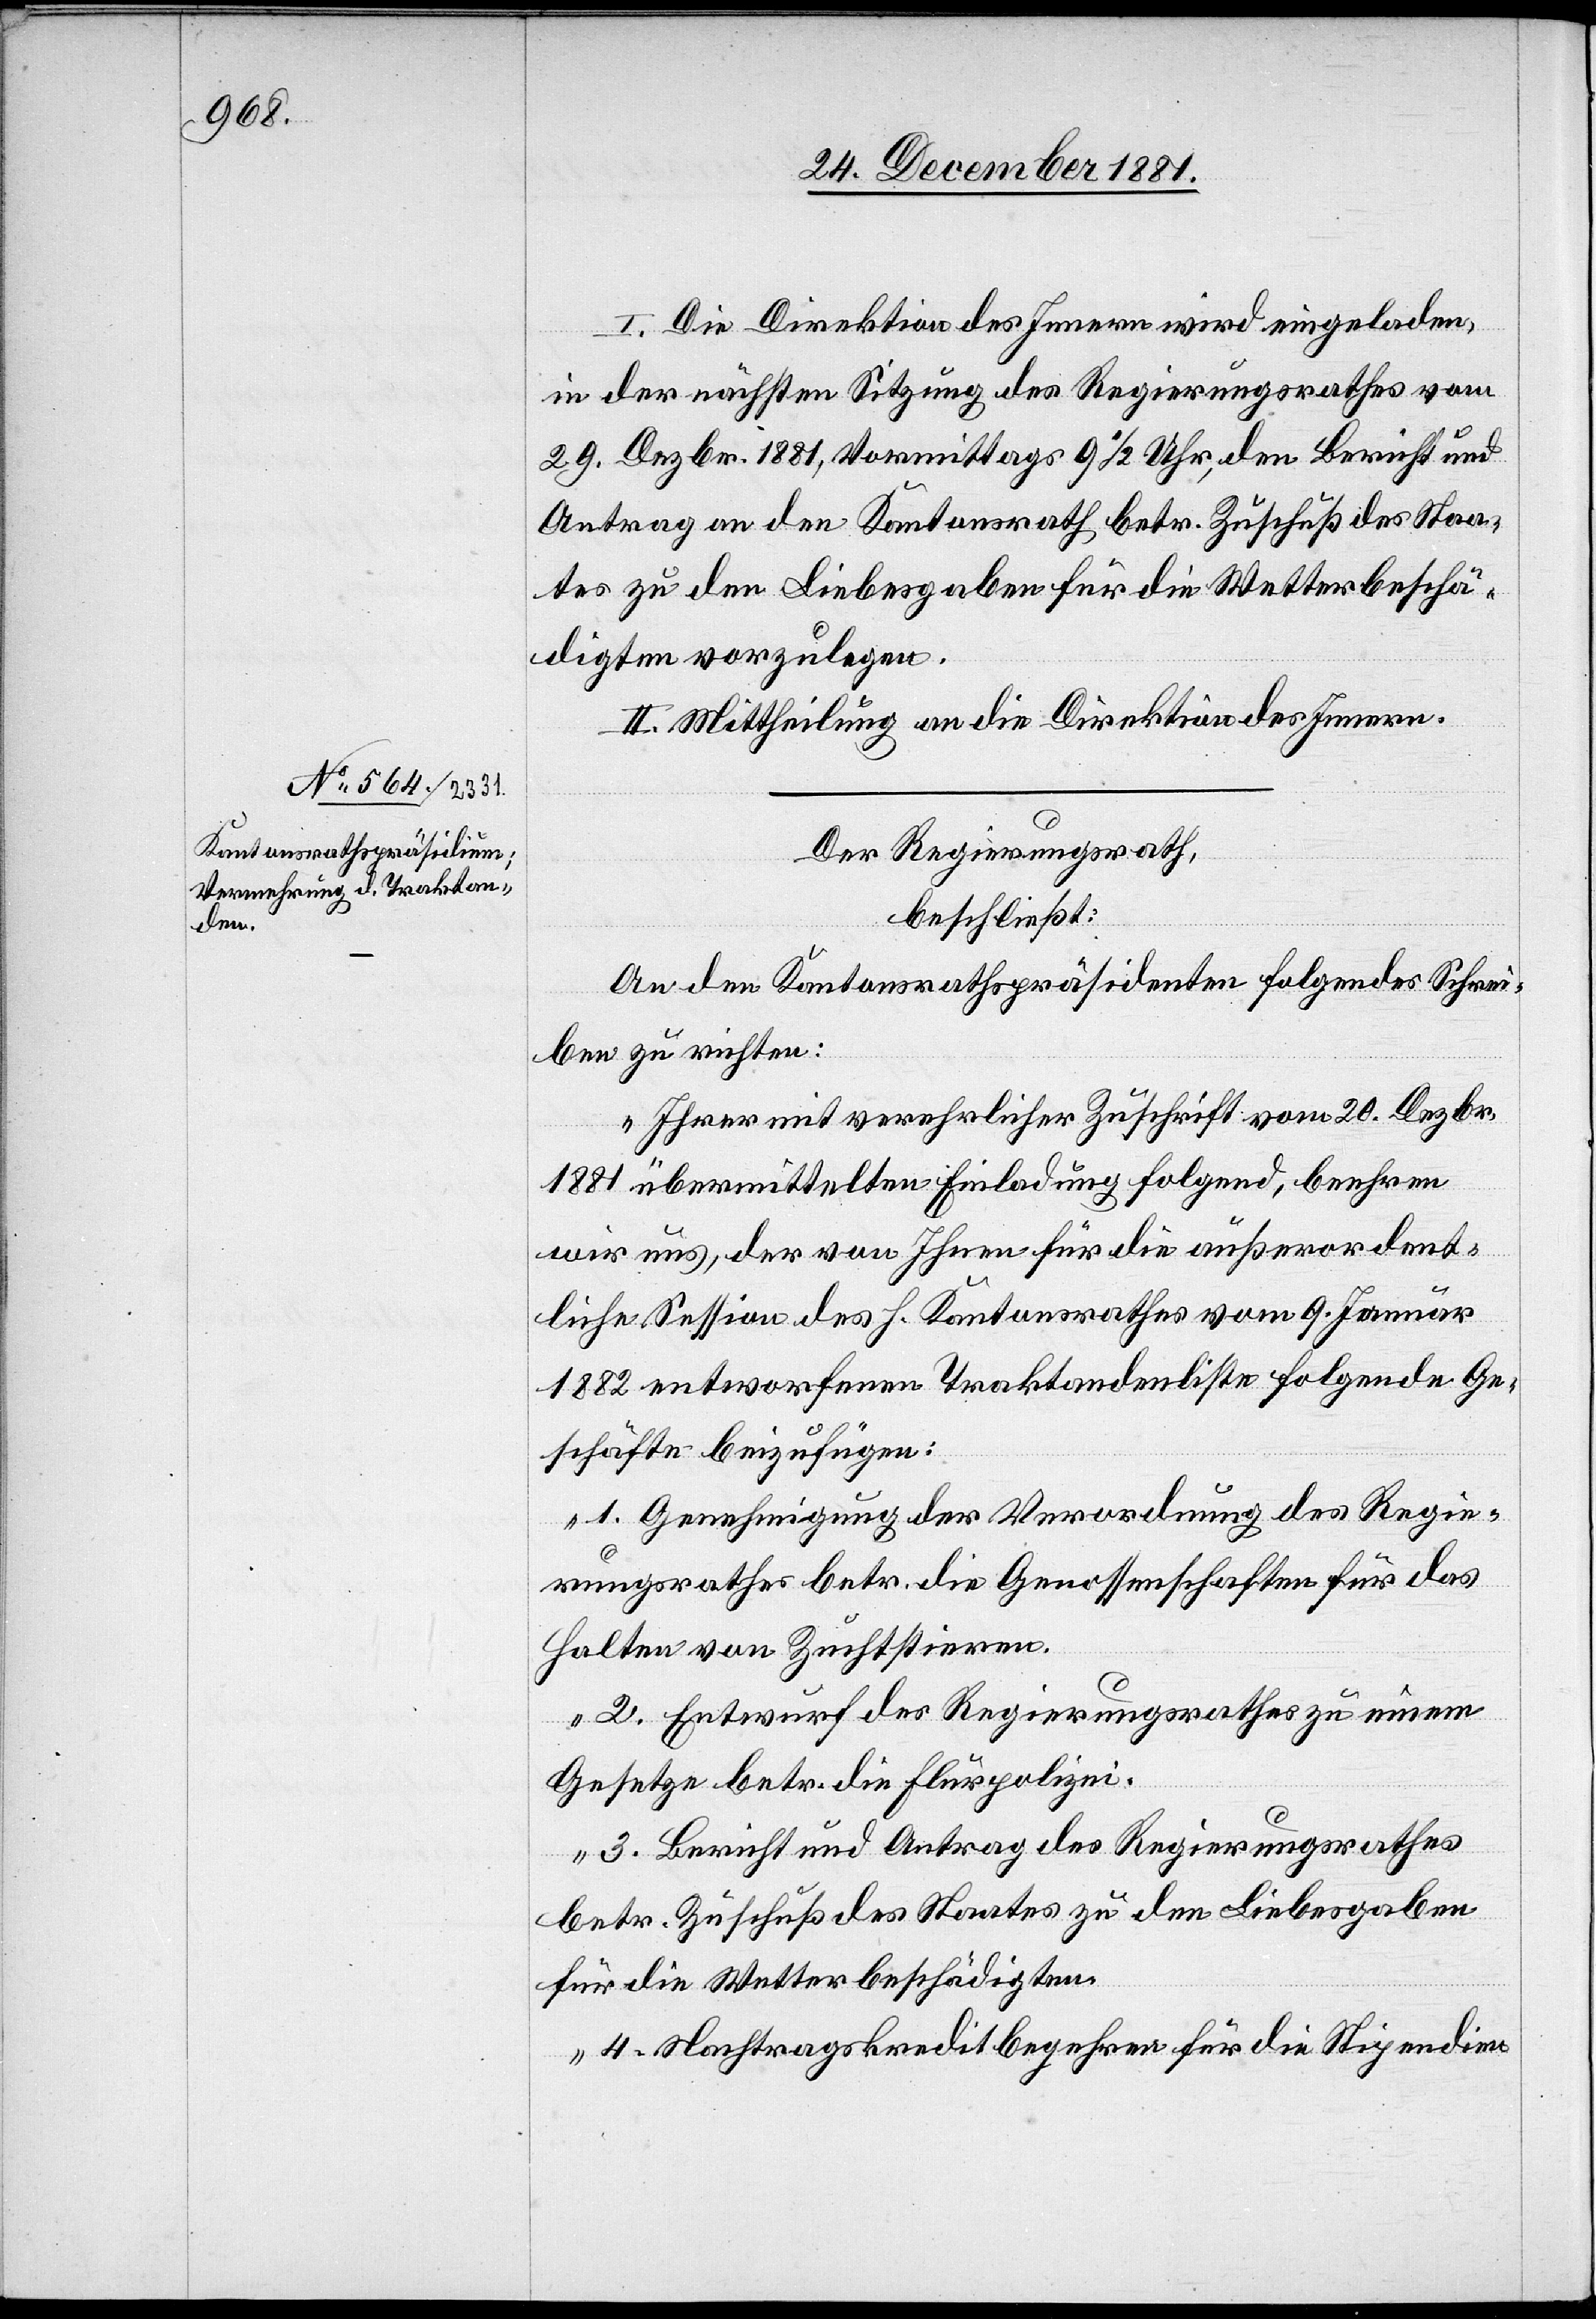
I. Die Direktion des Innern wird eingeladen,
in der nächsten Sitzung des Regierungsrathes vom
29. Dezbr. 1881, Vormittags 9 1/2 Uhr, den Bericht und
Antrag an den Kantonsrath betr. Zuschuß des Staa¬
tes zu den Liebesgaben für die Wetterbeschä¬
digten vorzulegen.
II. Mittheilung an die Direktion des Innern.
Der Regierungsrath,
beschließt:
An den Kantonsrathspräsidenten folgendes Schrei¬
ben zu richten:
„Ihrer mit verehrlicher Zuschrift vom 20. Dezbr.
1881 übermittelten Einladung folgend, beehren
wir uns, der von Ihnen für die außerordent¬
liche Session des h. Kantonsrathes vom 9. Januar
1882 entworfenen Traktandenliste folgende Ge¬
schäfte beizufügen:
„1. Genehmigung der Verordnung des Regie¬
rungsrathes betr. die Genossenschaften für das
Halten von Zuchtstieren.
2. Entwurf des Regierungsrathes zu einem
Gesetze betr. die Flurpolizei.
3. Bericht und Antrag des Regierungsrathes
betr. Zuschuß des Staates zu den Liebesgaben
für die Wetterbeschädigten.
4. Nachtragskreditbegehren für die Stipendien